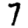
Digit: 7